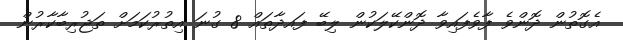
އެގޮތުން ދޮންވެ ފާވެފައިވާ ދޮންކޭލަކުން ލިބޭ ފައދާތައް 8 ގުނަ އިތުރުކަމަށް ތަޖުރިބާކާރުން